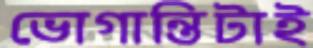
ভোগান্তিটাই